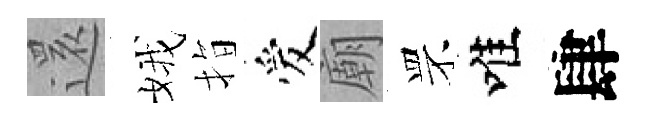
𮟃娥指爱廟罘唯肆